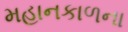
મહાનકાળના